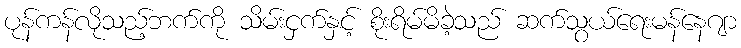
ပုန်ကန်လိုသည့်ဘက်ကို သိမ်းငှက်နှင့် စိုးရိမ်မိခဲ့သည် ဆက်သွယ်ရေးမန်နေဂျာ